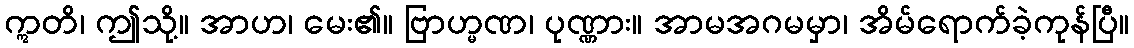
ဣတိ၊ ဤသို့။ အာဟ၊ မေး၏။ ဗြာဟ္မဏ၊ ပုဏ္ဏား။ အာမအဂမမှာ၊ အိမ်ရောက်ခဲ့ကုန်ပြီ။